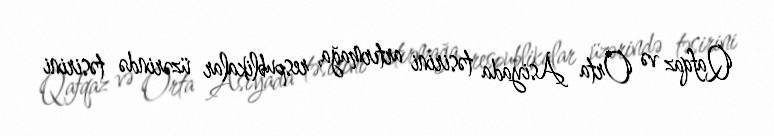
Qafqaz və Orta Asiyada təsirini artırmağa, respublikalar üzərində təsirini